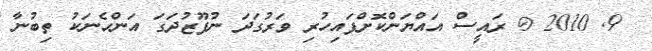
9